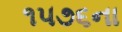
૧૫૭૬ના